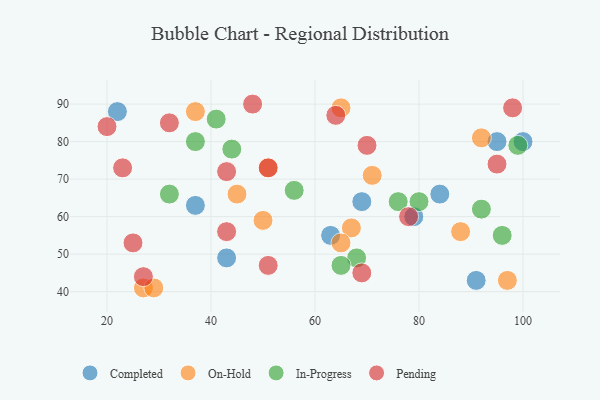
{"axis": {"x": "GDP", "y": "Life Expectancy"}, "legend": ["Completed", "In-Progress", "On-Hold", "Pending"], "data": [{"x": "91", "y": 43, "type": "Completed"}, {"x": "22", "y": 88, "type": "Completed"}, {"x": "100", "y": 80, "type": "Completed"}, {"x": "63", "y": 55, "type": "Completed"}, {"x": "69", "y": 64, "type": "Completed"}, {"x": "79", "y": 60, "type": "Completed"}, {"x": "43", "y": 49, "type": "Completed"}, {"x": "84", "y": 66, "type": "Completed"}, {"x": "95", "y": 80, "type": "Completed"}, {"x": "37", "y": 63, "type": "Completed"}, {"x": "67", "y": 57, "type": "On-Hold"}, {"x": "65", "y": 89, "type": "On-Hold"}, {"x": "88", "y": 56, "type": "On-Hold"}, {"x": "51", "y": 73, "type": "On-Hold"}, {"x": "45", "y": 66, "type": "On-Hold"}, {"x": "50", "y": 59, "type": "On-Hold"}, {"x": "27", "y": 41, "type": "On-Hold"}, {"x": "29", "y": 41, "type": "On-Hold"}, {"x": "71", "y": 71, "type": "On-Hold"}, {"x": "97", "y": 43, "type": "On-Hold"}, {"x": "65", "y": 53, "type": "On-Hold"}, {"x": "37", "y": 88, "type": "On-Hold"}, {"x": "92", "y": 81, "type": "On-Hold"}, {"x": "56", "y": 67, "type": "In-Progress"}, {"x": "99", "y": 79, "type": "In-Progress"}, {"x": "96", "y": 55, "type": "In-Progress"}, {"x": "44", "y": 78, "type": "In-Progress"}, {"x": "32", "y": 66, "type": "In-Progress"}, {"x": "68", "y": 49, "type": "In-Progress"}, {"x": "76", "y": 64, "type": "In-Progress"}, {"x": "80", "y": 64, "type": "In-Progress"}, {"x": "65", "y": 47, "type": "In-Progress"}, {"x": "41", "y": 86, "type": "In-Progress"}, {"x": "92", "y": 62, "type": "In-Progress"}, {"x": "37", "y": 80, "type": "In-Progress"}, {"x": "51", "y": 47, "type": "Pending"}, {"x": "27", "y": 44, "type": "Pending"}, {"x": "98", "y": 89, "type": "Pending"}, {"x": "95", "y": 74, "type": "Pending"}, {"x": "48", "y": 90, "type": "Pending"}, {"x": "78", "y": 60, "type": "Pending"}, {"x": "64", "y": 87, "type": "Pending"}, {"x": "70", "y": 79, "type": "Pending"}, {"x": "23", "y": 73, "type": "Pending"}, {"x": "69", "y": 45, "type": "Pending"}, {"x": "43", "y": 56, "type": "Pending"}, {"x": "32", "y": 85, "type": "Pending"}, {"x": "43", "y": 72, "type": "Pending"}, {"x": "25", "y": 53, "type": "Pending"}, {"x": "20", "y": 84, "type": "Pending"}, {"x": "51", "y": 73, "type": "Pending"}]}